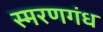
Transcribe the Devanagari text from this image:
स्मरणगंध